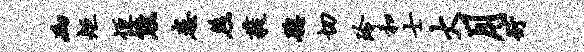
砌矩恒熊患煞蕤聪切玲和士大月衍